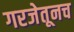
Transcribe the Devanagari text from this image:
गरजेतूनच